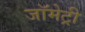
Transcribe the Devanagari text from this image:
जॉमेट्री